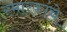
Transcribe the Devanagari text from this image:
स्‍मारकांचे